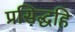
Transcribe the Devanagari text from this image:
प्रसिद्धहि